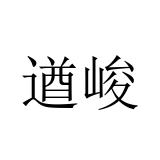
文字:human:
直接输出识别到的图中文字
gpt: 遒峻